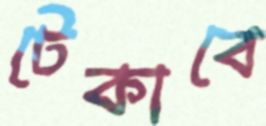
টেকাবে